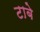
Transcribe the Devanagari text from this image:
टाबे